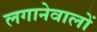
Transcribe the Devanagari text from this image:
लगानेवालों